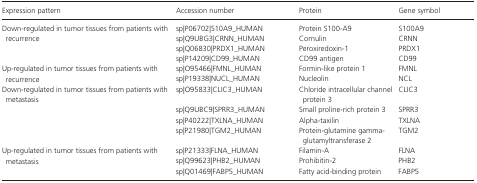
<table><thead><tr><td><b>Expression pattern</b></td><td><b>Accession number</b></td><td><b>Protein</b></td><td><b>Gene symbol</b></td></tr></thead><tbody><tr><td rowspan="4">Down‐regulated in tumor tissues from patients with recurrence</td><td>sp|P06702|S10A9_HUMAN</td><td>Protein S100‐A9</td><td>S100A9</td></tr><tr><td>sp|Q9UBG3|CRNN_HUMAN</td><td>Cornulin</td><td>CRNN</td></tr><tr><td>sp|Q06830|PRDX1_HUMAN</td><td>Peroxiredoxin‐1</td><td>PRDX1</td></tr><tr><td>sp|P14209|CD99_HUMAN</td><td>CD99 antigen</td><td>CD99</td></tr><tr><td rowspan="2">Up‐regulated in tumor tissues from patients with recurrence</td><td>sp|O95466|FMNL_HUMAN</td><td>Formin‐like protein 1</td><td>FMNL</td></tr><tr><td>sp|P19338|NUCL_HUMAN</td><td>Nucleolin</td><td>NCL</td></tr><tr><td rowspan="4">Down‐regulated in tumor tissues from patients with metastasis</td><td>sp|O95833|CLIC3_HUMAN</td><td>Chloride intracellular channel protein 3</td><td>CLIC3</td></tr><tr><td>sp|Q9UBC9|SPRR3_HUMAN</td><td>Small proline‐rich protein 3</td><td>SPRR3</td></tr><tr><td>sp|P40222|TXLNA_HUMAN</td><td>Alpha‐taxilin</td><td>TXLNA</td></tr><tr><td>sp|P21980|TGM2_HUMAN</td><td>Protein‐glutamine gamma‐glutamyltransferase 2</td><td>TGM2</td></tr><tr><td rowspan="3">Up‐regulated in tumor tissues from patients with metastasis</td><td>sp|P21333|FLNA_HUMAN</td><td>Filamin‐A</td><td>FLNA</td></tr><tr><td>sp|Q99623|PHB2_HUMAN</td><td>Prohibitin‐2</td><td>PHB2</td></tr><tr><td>sp|Q01469|FABP5_HUMAN</td><td>Fatty acid‐binding protein</td><td>FABP5</td></tr></tbody></table>